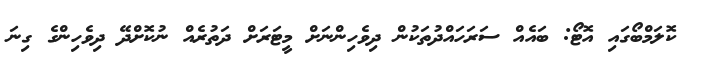
ކޮލަމްބޯގައި އޮޓޯ: ބައެއް ސަރަހައްދުތަކުން ދިވެހިންނަށް މީޓަރަށް ދަތުރެއް ނުކޮށްދޭ ދިވެހިންގެ ގިނަ